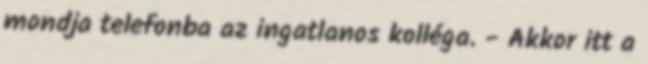
mondja telefonba az ingatlanos kolléga. - Akkor itt a